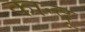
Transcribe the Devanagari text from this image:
कान्दू